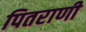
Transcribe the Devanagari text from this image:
पितराणी